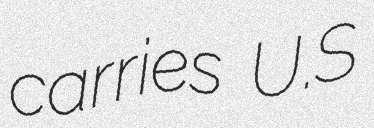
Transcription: carries U.S